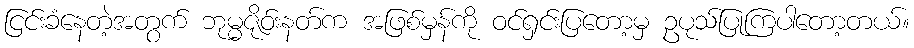
ငြင်းခံနေတဲ့အတွက် ဘုမ္မဇိုဝ်းနတ်က အဖြစ်မှန်ကို ဝင်ရှင်းပြတော့မှ ဥပုသ်ပြုကြပါတော့တယ်။